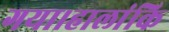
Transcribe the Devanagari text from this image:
गया।हालांकि